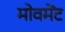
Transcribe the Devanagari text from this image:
मोवमेंट